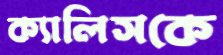
ক্যালিসকে